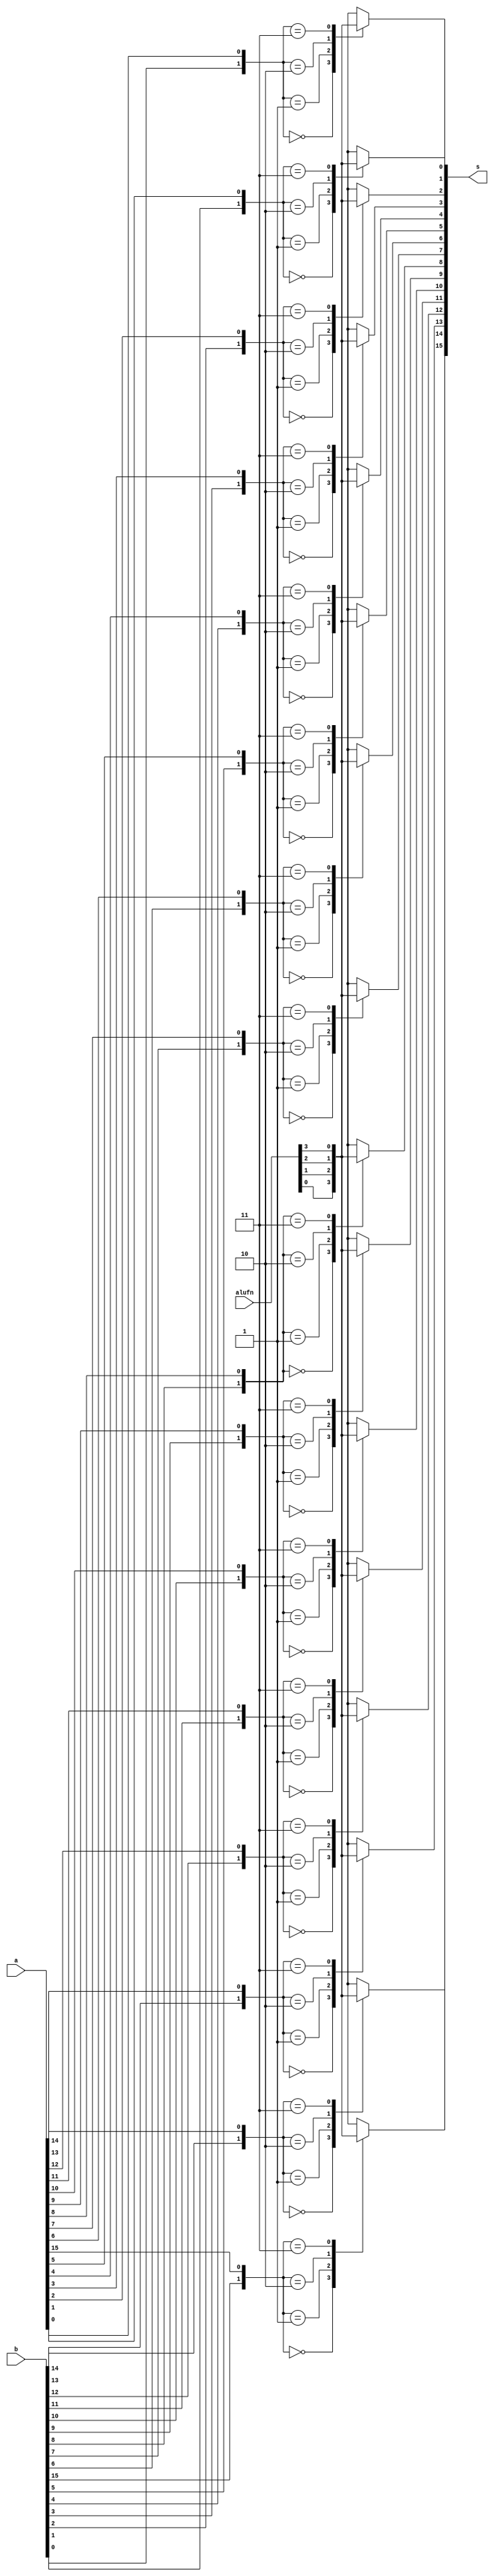
module boolean_7 (
    input [15:0] a,
    input [15:0] b,
    input [3:0] alufn,
    output reg [15:0] s
  );
  
  
  
  integer i;
  
  reg [1:0] j;
  
  always @* begin
    for (i = 1'h0; i < 5'h10; i = i + 1) begin
      j[0+0-:1] = a[(i)*1+0-:1];
      j[1+0-:1] = b[(i)*1+0-:1];
      
      case (j)
        2'h0: begin
          s[(i)*1+0-:1] = alufn[0+0-:1];
        end
        2'h1: begin
          s[(i)*1+0-:1] = alufn[1+0-:1];
        end
        2'h2: begin
          s[(i)*1+0-:1] = alufn[2+0-:1];
        end
        2'h3: begin
          s[(i)*1+0-:1] = alufn[3+0-:1];
        end
        default: begin
          s[(i)*1+0-:1] = 1'h0;
        end
      endcase
    end
  end
endmodule